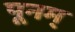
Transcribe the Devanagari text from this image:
पूनम्